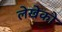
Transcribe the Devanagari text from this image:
लेखेको